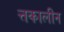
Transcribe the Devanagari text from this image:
त्तकालीन